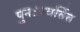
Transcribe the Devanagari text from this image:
पुनःप्रवर्तित